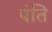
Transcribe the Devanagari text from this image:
पंति